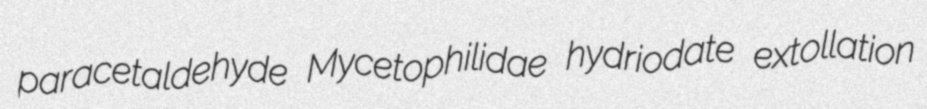
paracetaldehyde Mycetophilidae hydriodate extollation